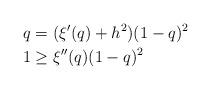
LaTeX: \begin{align*}q& = (\xi'(q)+h^{2})(1-q)^{2}\\1& \geq \xi''(q)(1-q)^{2}\end{align*}